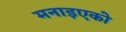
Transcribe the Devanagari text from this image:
मनाइएको